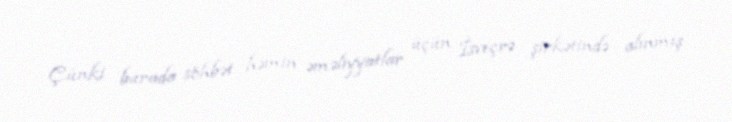
Çünki burada söhbət həmin əməliyyatlar üçün İsveçrə şirkətində alınmış